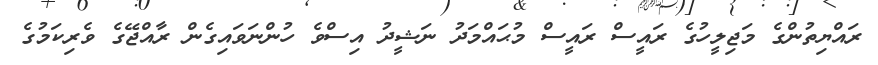
ރައްޔިތުންގެ މަޖިލީހުގެ ރައީސް ރައީސް މުޙައްމަދު ނަޝީދު އިސްވެ ހުންނަވައިގެން ރާއްޖޭގެ ވެރިކަމުގެ